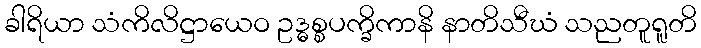
ခါရိယာ သံကိလိဋ္ဌာယေဝ ဥဒ္ဓစ္စပက္ခိကာနိ နာတိသီဃံ သညတူရူတိ